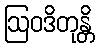
ဩဝဒိတုန္တိ